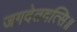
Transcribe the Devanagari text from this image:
जगदेतदत्सि॥